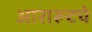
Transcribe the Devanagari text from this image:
आरारूटचे